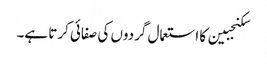
سکنجبین کا استعمال گردوں کی صفائی کرتا ہے۔